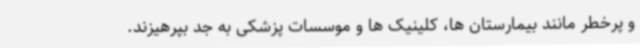
و پرخطر مانند بیمارستان ها، کلینیک ها و موسسات پزشکی به جد بپرهیزند.